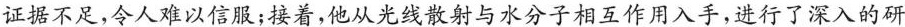
证据不足，令人难以信服；接着，他从光线散射与水分子相互作用入手，进行了深入的研